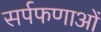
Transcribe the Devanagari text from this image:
सर्पफणाओं